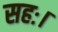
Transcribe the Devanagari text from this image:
सहः।